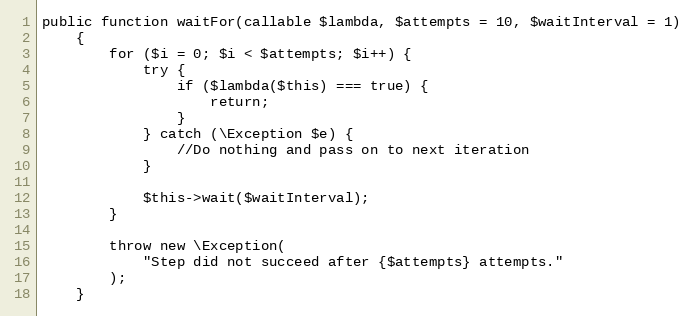
Language: PHP
public function waitFor(callable $lambda, $attempts = 10, $waitInterval = 1)
    {
        for ($i = 0; $i < $attempts; $i++) {
            try {
                if ($lambda($this) === true) {
                    return;
                }
            } catch (\Exception $e) {
                //Do nothing and pass on to next iteration
            }

            $this->wait($waitInterval);
        }

        throw new \Exception(
            "Step did not succeed after {$attempts} attempts."
        );
    }